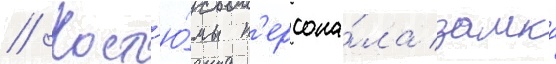
// Кост'ю́мы п'ерсона́ла замка